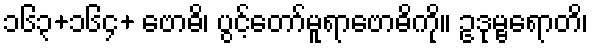
၁၆၃+၁၆၄+ ဗောဓိ၊ ပွင့်တော်မူရာဗောဓိကို။ ဥဒုမ္ဗရောတိ၊